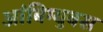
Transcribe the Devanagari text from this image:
आंबिग्युवस